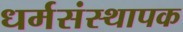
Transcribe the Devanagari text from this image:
धर्मसंस्थापक